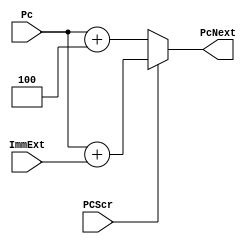
module Pc_calc(
input PCScr,
input [31:0] ImmExt, Pc,
output reg [31:0] PcNext
);
always @(*) begin
    if(PCScr)begin
        PcNext=Pc+ImmExt;
    end
    else begin
        PcNext=Pc+4;
    end
    
end
endmodule